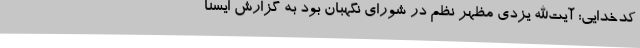
کدخدایی: آیت‌الله یزدی مظهر نظم در شورای نگهبان بود به گزارش ایسنا